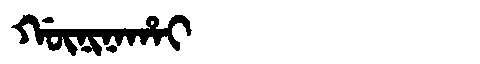
Manchu: ᡤᡡᠨᡳᠨᠠᡥᠠᡳ
Romanization: GŪNINAHAI